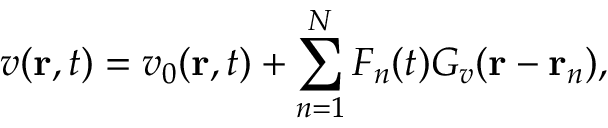
v ( \mathbf { r } , t ) = v _ { 0 } ( \mathbf { r } , t ) + \sum _ { n = 1 } ^ { N } F _ { n } ( t ) G _ { v } ( \mathbf { r } - \mathbf { r } _ { n } ) ,